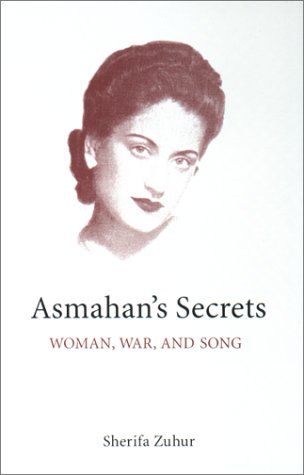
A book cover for Asmahan's Secrets : Woman, War, and Song (Middle East Monograph Series, Center for Middle Eastern Studies, University of Texas at Austin); Sherifa Zuhur; History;